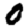
Digit: 0